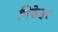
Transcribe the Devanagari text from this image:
भिकेश्वर